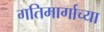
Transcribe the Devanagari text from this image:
गतिमार्गाच्या